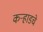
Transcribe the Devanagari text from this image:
कर्‍हाडचे